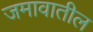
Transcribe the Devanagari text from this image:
जमावातील